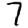
Digit: 7